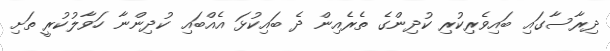
ދިރާސާގައި ބައިވެރިކުރި ކުދިންގެ ތެރެއިން ދެ ބައިކުޅަ އެއްބައި ކުދިންނާ ހަވާލުކުރީ ތަށި